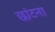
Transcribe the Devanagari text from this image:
छांटना